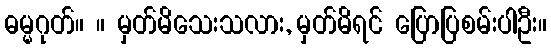
ဓမ္မဂုတ်။ ။ မှတ်မိသေးသလား, မှတ်မိရင် ပြောပြစမ်းပါဦး။